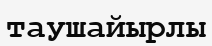
таушайырлы